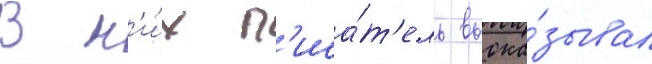
В н'и́х п'иса́т'ель выска́зывал